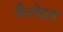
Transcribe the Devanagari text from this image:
कैलेइस